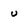
Character: u